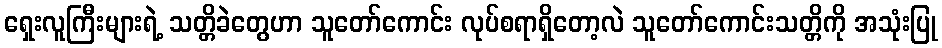
ရှေးလူကြီးများရဲ့ သတ္တိခဲတွေဟာ သူတော်ကောင်း လုပ်စရာရှိတော့လဲ သူတော်ကောင်းသတ္တိကို အသုံးပြု